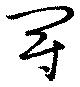
冠